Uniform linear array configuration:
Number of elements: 12
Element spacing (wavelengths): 0.5
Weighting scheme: binomial
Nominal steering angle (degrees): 30
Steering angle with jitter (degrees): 29.886
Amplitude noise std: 0.05
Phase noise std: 0.05

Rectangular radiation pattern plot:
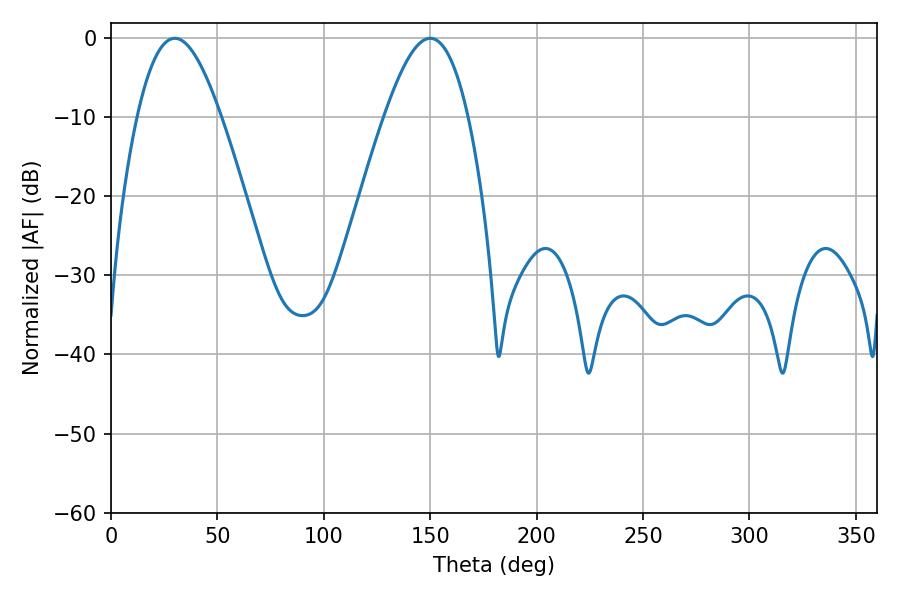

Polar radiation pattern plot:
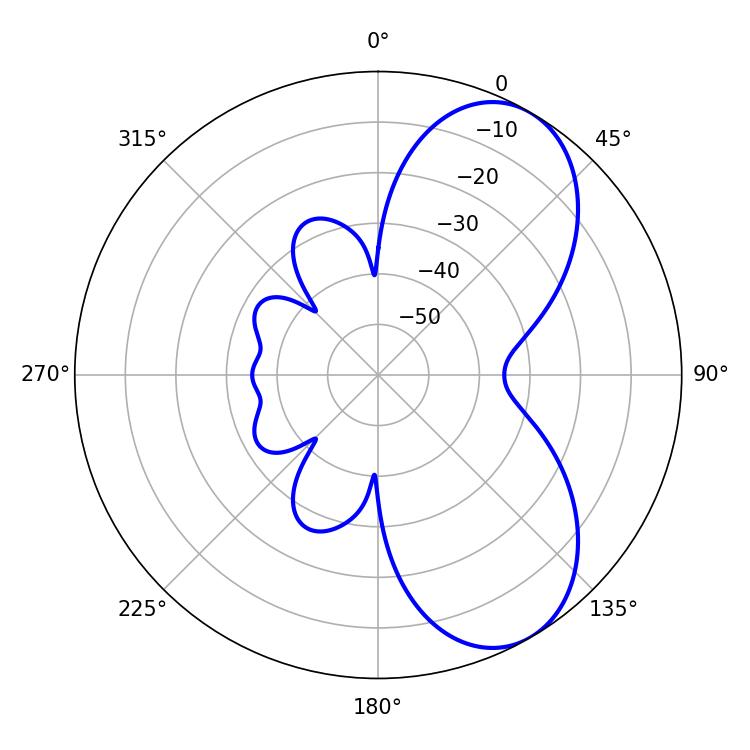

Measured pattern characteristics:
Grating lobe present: FALSE
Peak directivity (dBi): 6.848
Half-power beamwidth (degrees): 21.24
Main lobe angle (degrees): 30.06